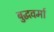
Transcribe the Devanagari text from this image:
बुद्धवर्मा